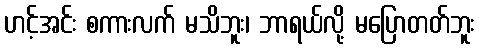
ဟင့်အင်း စကားလက် မသိဘူး၊ ဘာရယ်လို့ မပြောတတ်ဘူး